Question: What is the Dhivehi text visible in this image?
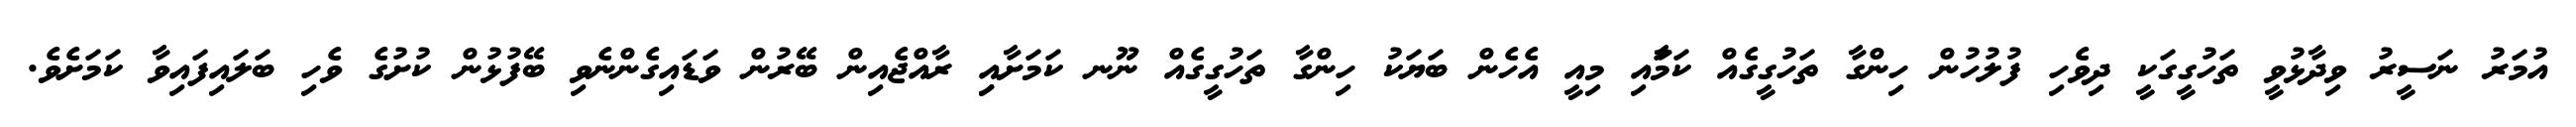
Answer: އުމަރު ނަސީރު ވިދާޅުވީ ތަހުގީގަކީ ދިވެހި ފުލުހުން ހިންގާ ތަހުގީގެއް ކަމަާއި މިއީ އެހެން ބަޔަކު ހިންގާ ތަހުގީގެއް ނޫނ ކަމަށާއިި ރާއްޖެއިން ބޭރުން ވަޑައިގެންނެވި ބޭފުޅުން ކުށުގެ ވެހި ބަލައިފައިވާ ކަމަށެވެ.